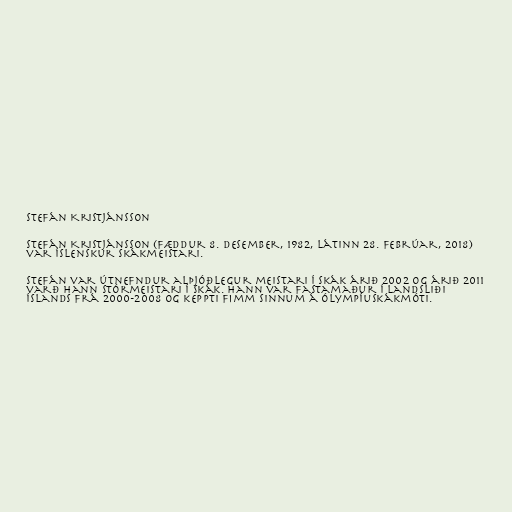
Stefán Kristjánsson

Stefán Kristjánsson (fæddur 8. desember, 1982, látinn 28. febrúar, 2018)
var íslenskur skákmeistari.

Stefán var útnefndur alþjóðlegur meistari í skák árið 2002 og árið 2011
varð hann stórmeistari í skák. Hann var fastamaður í landsliði
Íslands frá 2000-2008 og keppti fimm sinnum á Ólympíuskákmóti.